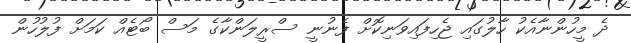
ދެ މީހުންނާއެކު ހާލުގައި ޖެހިފައިވަނިކޮށް ފެނުނީ ސްރީލަންކާގެ މަސް ބޯޓެއް ކަމަށް ފުލުހުން